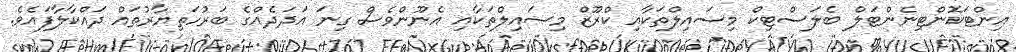
އިންޓަކޮންޓިނެންޓަލް ބެލަސްޓިކް މިސައިލްތަކާއި ކްރޫޒް މިސައިލްތަކާއި އެނޫންވެސް ގިނަ އަދަދެއްގެ ބަރުހަތިޔާރުތައް ދައްކާލާފައެވެ.